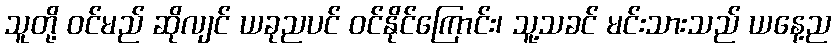
သူတို့ ဝင်မည် ဆိုလျင် ယခုညပင် ဝင်နိုင်ကြောင်း၊ သူ့သခင် မင်းသားသည် ယနေ့ည